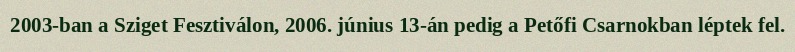
2003-ban a Sziget Fesztiválon, 2006. június 13-án pedig a Petőfi Csarnokban léptek fel.